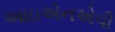
આઇએનએપી